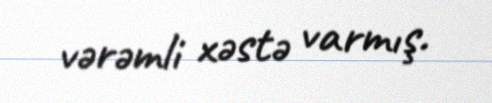
vərəmli xəstə varmış.